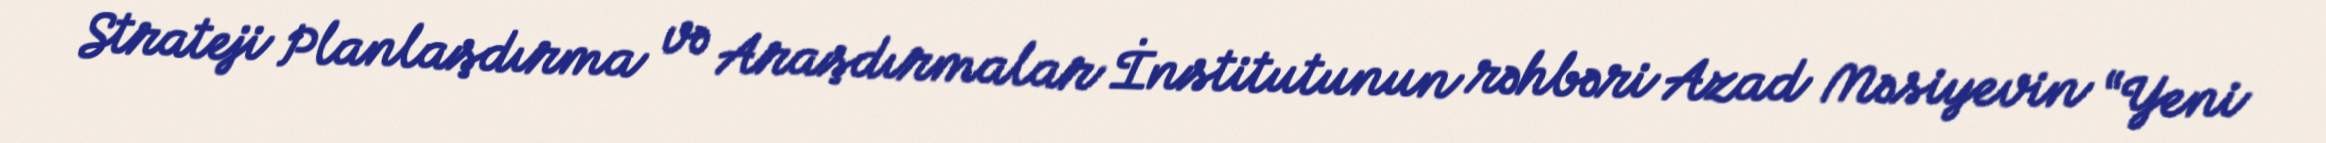
Strateji Planlaşdırma və Araşdırmalar İnstitutunun rəhbəri Azad Məsiyevin “Yeni